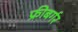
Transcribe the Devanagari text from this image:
फ्रीबर्गर